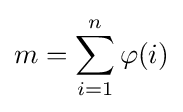
m=\sum _{i=1}^{n}\varphi (i)